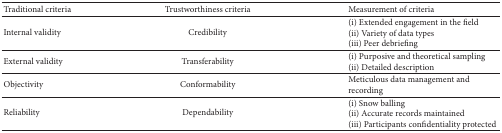
| Traditional criteria | Trustworthiness criteria | Measurement of criteria |
 | --- | --- | --- |
 | Internal validity | Credibility | (i) Extended engagement in the field(ii) Variety of data types(iii) Peer debriefing |
 | External validity | Transferability | (i) Purposive and theoretical sampling(ii) Detailed description |
 | Objectivity | Conformability | Meticulous data management and recording |
 | Reliability | Dependability | (i) Snow balling(ii) Accurate records maintained (iii) Participants confidentiality protected |